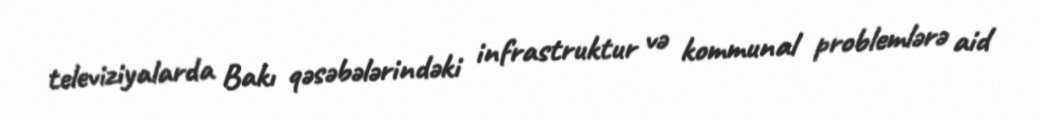
televiziyalarda Bakı qəsəbələrindəki infrastruktur və kommunal problemlərə aid